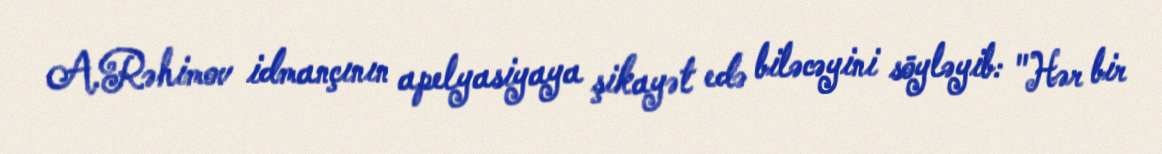
A.Rəhimov idmançının apelyasiyaya şikayət edə biləcəyini söyləyib: "Hər bir